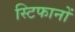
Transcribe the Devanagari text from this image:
स्टिफानों